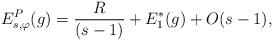
LaTeX: \begin{align*}E^P_{s,\varphi}(g)=\frac{R}{(s-1)}+E_1^*(g)+O(s-1),\end{align*}